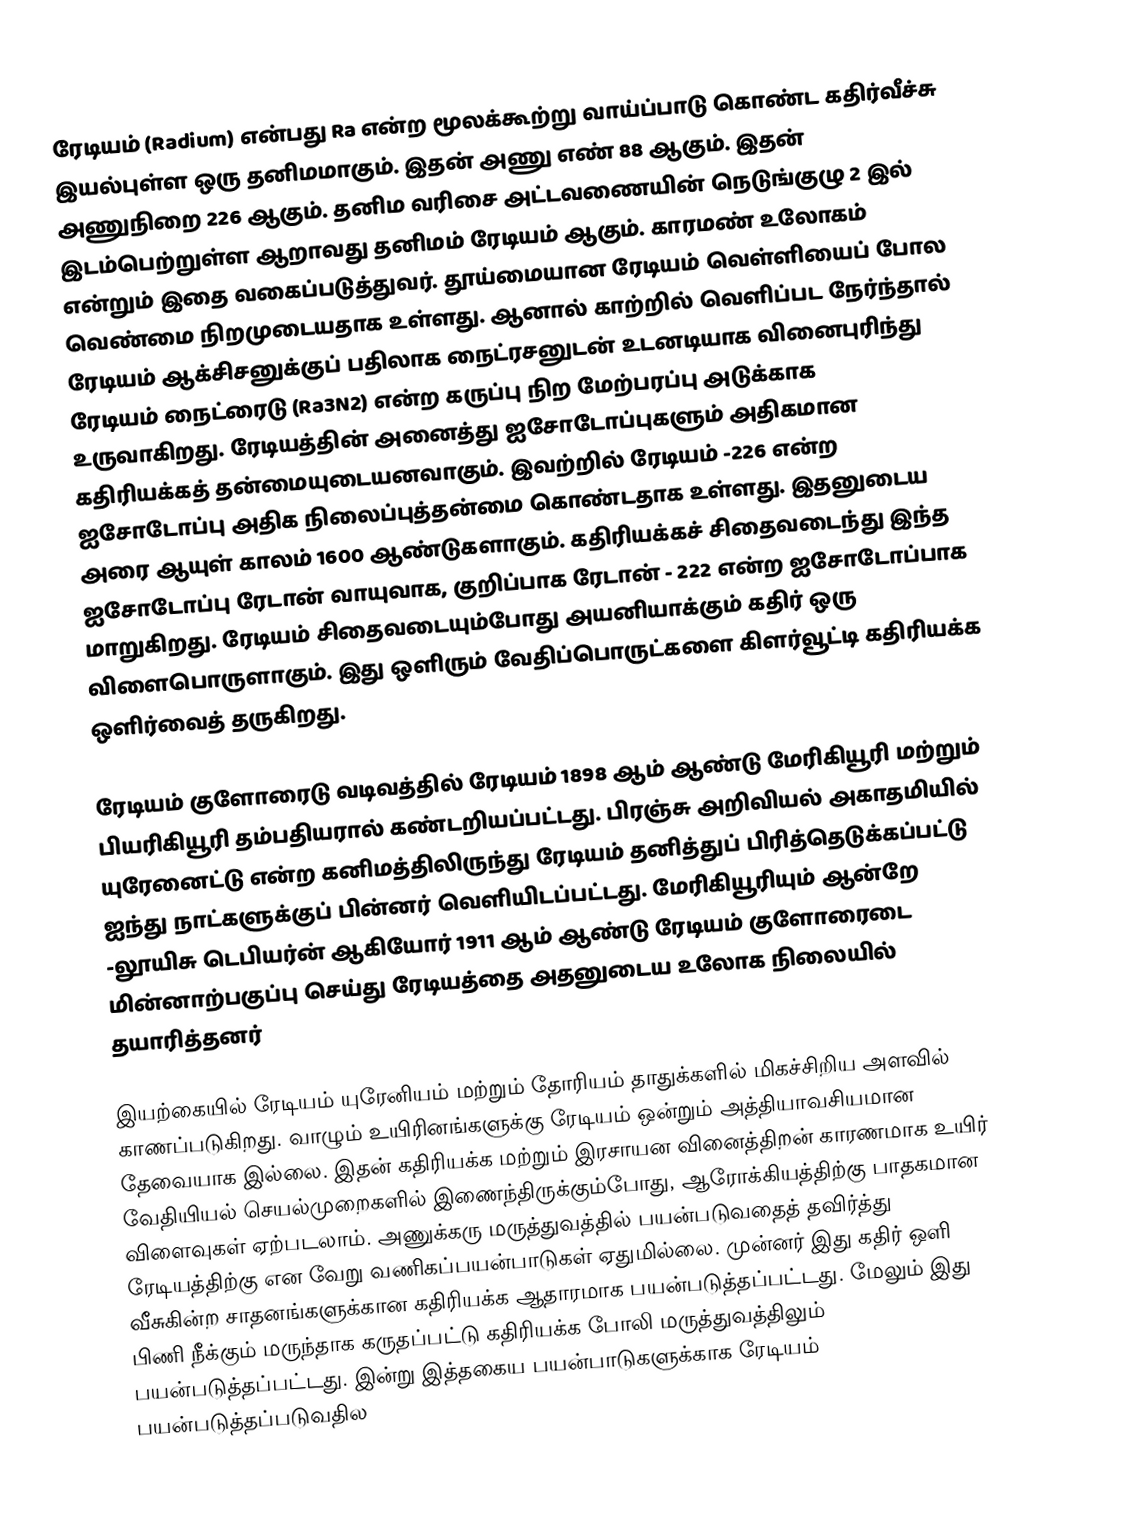
ரேடியம் (Radium) என்பது Ra என்ற மூலக்கூற்று வாய்ப்பாடு கொண்ட  கதிர்வீச்சு இயல்புள்ள ஒரு தனிமமாகும். இதன் அணு எண் 88 ஆகும். இதன் அணுநிறை 226 ஆகும். தனிம வரிசை அட்டவணையின்  நெடுங்குழு 2 இல் இடம்பெற்றுள்ள ஆறாவது தனிமம் ரேடியம் ஆகும். காரமண் உலோகம் என்றும் இதை வகைப்படுத்துவர். தூய்மையான ரேடியம் வெள்ளியைப் போல வெண்மை நிறமுடையதாக உள்ளது. ஆனால் காற்றில் வெளிப்பட நேர்ந்தால் ரேடியம் ஆக்சிசனுக்குப் பதிலாக நைட்ரசனுடன் உடனடியாக வினைபுரிந்து ரேடியம் நைட்ரைடு (Ra3N2) என்ற கருப்பு நிற மேற்பரப்பு அடுக்காக உருவாகிறது. ரேடியத்தின் அனைத்து ஐசோடோப்புகளும் அதிகமான கதிரியக்கத் தன்மையுடையனவாகும். இவற்றில் ரேடியம் -226 என்ற ஐசோடோப்பு அதிக நிலைப்புத்தன்மை கொண்டதாக உள்ளது. இதனுடைய அரை ஆயுள் காலம் 1600 ஆண்டுகளாகும். கதிரியக்கச் சிதைவடைந்து இந்த ஐசோடோப்பு ரேடான் வாயுவாக, குறிப்பாக ரேடான் - 222 என்ற ஐசோடோப்பாக மாறுகிறது.  ரேடியம் சிதைவடையும்போது அயனியாக்கும் கதிர் ஒரு விளைபொருளாகும். இது ஒளிரும் வேதிப்பொருட்களை கிளர்வூட்டி கதிரியக்க ஒளிர்வைத் தருகிறது.

ரேடியம் குளோரைடு வடிவத்தில் ரேடியம்  1898 ஆம் ஆண்டு மேரிகியூரி மற்றும் பியரிகியூரி தம்பதியரால் கண்டறியப்பட்டது. பிரஞ்சு அறிவியல் அகாதமியில்  யுரேனைட்டு என்ற கனிமத்திலிருந்து ரேடியம் தனித்துப் பிரித்தெடுக்கப்பட்டு ஐந்து நாட்களுக்குப் பின்னர் வெளியிடப்பட்டது. மேரிகியூரியும் ஆன்றே -லூயிசு டெபியர்ன் ஆகியோர் 1911 ஆம் ஆண்டு  ரேடியம் குளோரைடை மின்னாற்பகுப்பு செய்து ரேடியத்தை  அதனுடைய உலோக நிலையில் தயாரித்தனர்

இயற்கையில் ரேடியம் யுரேனியம் மற்றும் தோரியம் தாதுக்களில் மிகச்சிறிய அளவில் காணப்படுகிறது. வாழும் உயிரினங்களுக்கு ரேடியம் ஒன்றும் அத்தியாவசியமான தேவையாக இல்லை.   இதன் கதிரியக்க மற்றும் இரசாயன வினைத்திறன் காரணமாக உயிர் வேதியியல் செயல்முறைகளில் இணைந்திருக்கும்போது, ஆரோக்கியத்திற்கு பாதகமான விளைவுகள் ஏற்படலாம். அணுக்கரு மருத்துவத்தில் பயன்படுவதைத் தவிர்த்து ரேடியத்திற்கு என வேறு வணிகப்பயன்பாடுகள் ஏதுமில்லை. முன்னர் இது கதிர் ஒளி வீசுகின்ற  சாதனங்களுக்கான கதிரியக்க ஆதாரமாக பயன்படுத்தப்பட்டது. மேலும் இது பிணி நீக்கும் மருந்தாக கருதப்பட்டு கதிரியக்க போலி மருத்துவத்திலும் பயன்படுத்தப்பட்டது. இன்று இத்தகைய பயன்பாடுகளுக்காக ரேடியம் பயன்படுத்தப்படுவதில